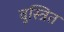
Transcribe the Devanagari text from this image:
वुस्त्रित